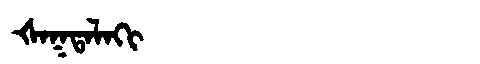
Manchu: ᡧᠠᡴᡨᠠᠯᠠᡴᡳ
Romanization: ŠAKTALAKI